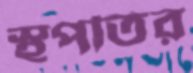
স্থপতির